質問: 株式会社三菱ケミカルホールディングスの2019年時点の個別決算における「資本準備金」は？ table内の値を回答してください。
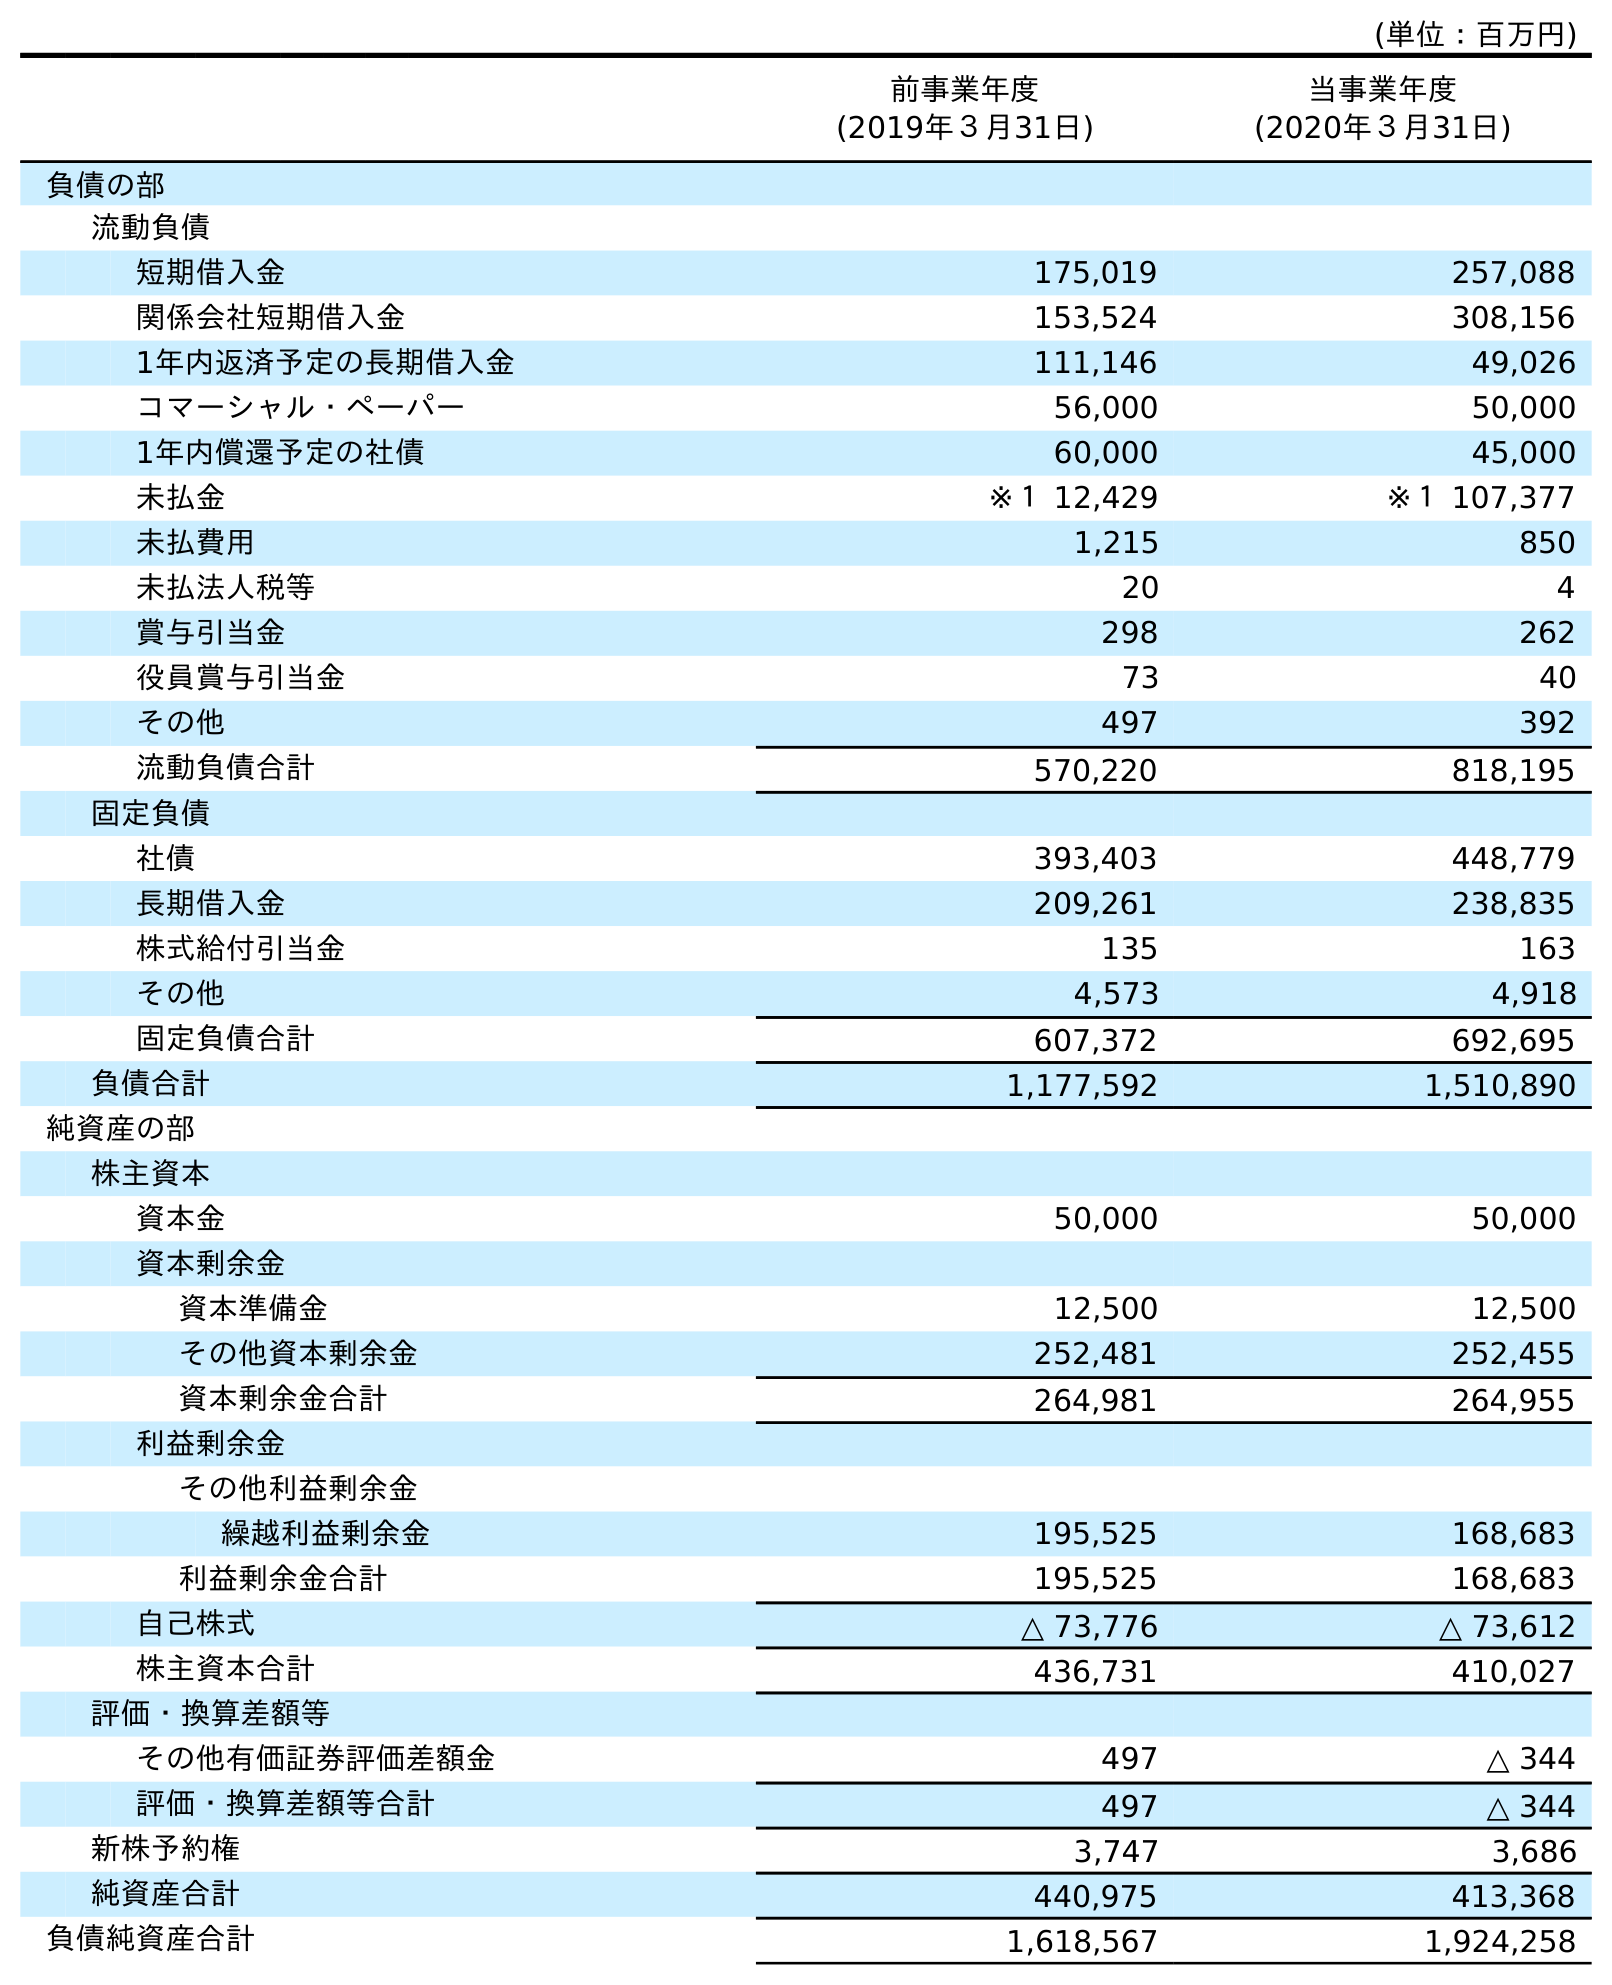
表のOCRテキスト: (単位：百万円) 前事業年度 (2019年３月31日) 当事業年度 (2020年３月31日) 負債の部 流動負債 短期借入金 175,019 257,088 関係会社短期借入金 153,524 308,156 1年内返済予定の長期借入金 111,146 49,026 コマーシャル・ペーパー 56,000 50,000 1年内償還予定の社債 60,000 45,000 未払金 ※１ 12,429 ※１ 107,377 未払費用 1,215 850 未払法人税等 20 4 賞与引当金 298 262 役員賞与引当金 73 40 その他 497 392 流動負債合計 570,220 818,195 固定負債 社債 393,403 448,779 長期借入金 209,261 238,835 株式給付引当金 135 163 その他 4,573 4,918 固定負債合計 607,372 692,695 負債合計 1,177,592 1,510,890 純資産の部 株主資本 資本金 50,000 50,000 資本剰余金 資本準備金 12,500 12,500 その他資本剰余金 252,481 252,455 資本剰余金合計 264,981 264,955 利益剰余金 その他利益剰余金 繰越利益剰余金 195,525 168,683 利益剰余金合計 195,525 168,683 自己株式 △ 73,776 △ 73,612 株主資本合計 436,731 410,027 評価・換算差額等 その他有価証券評価差額金 497 △ 344 評価・換算差額等合計 497 △ 344 新株予約権 3,747 3,686 純資産合計 440,975 413,368 負債純資産合計 1,618,567 1,924,258
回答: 12,500